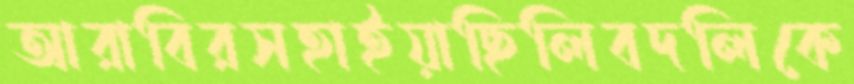
আরাবিরসহাইয়াছিলিবদলিকে